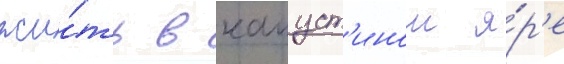
жи́ть в капуст'ином я́р'е